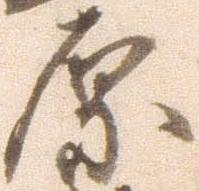
原